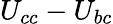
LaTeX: U_{cc}-U_{bc}